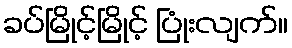
ခပ်မြိုင့်မြိုင့် ပြုံးလျက်။